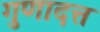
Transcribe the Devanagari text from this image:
गुणादत्त